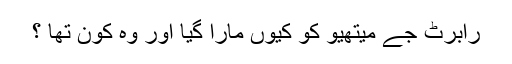
رابرٹ جے میتھیو کو کیوں مارا گیا اور وہ کون تھا ؟